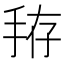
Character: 𰓚